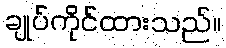
ချုပ်ကိုင်ထားသည်။